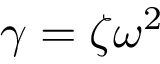
\gamma = \zeta \omega ^ { 2 }